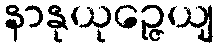
နာနုယုဉ္ဇေယျ